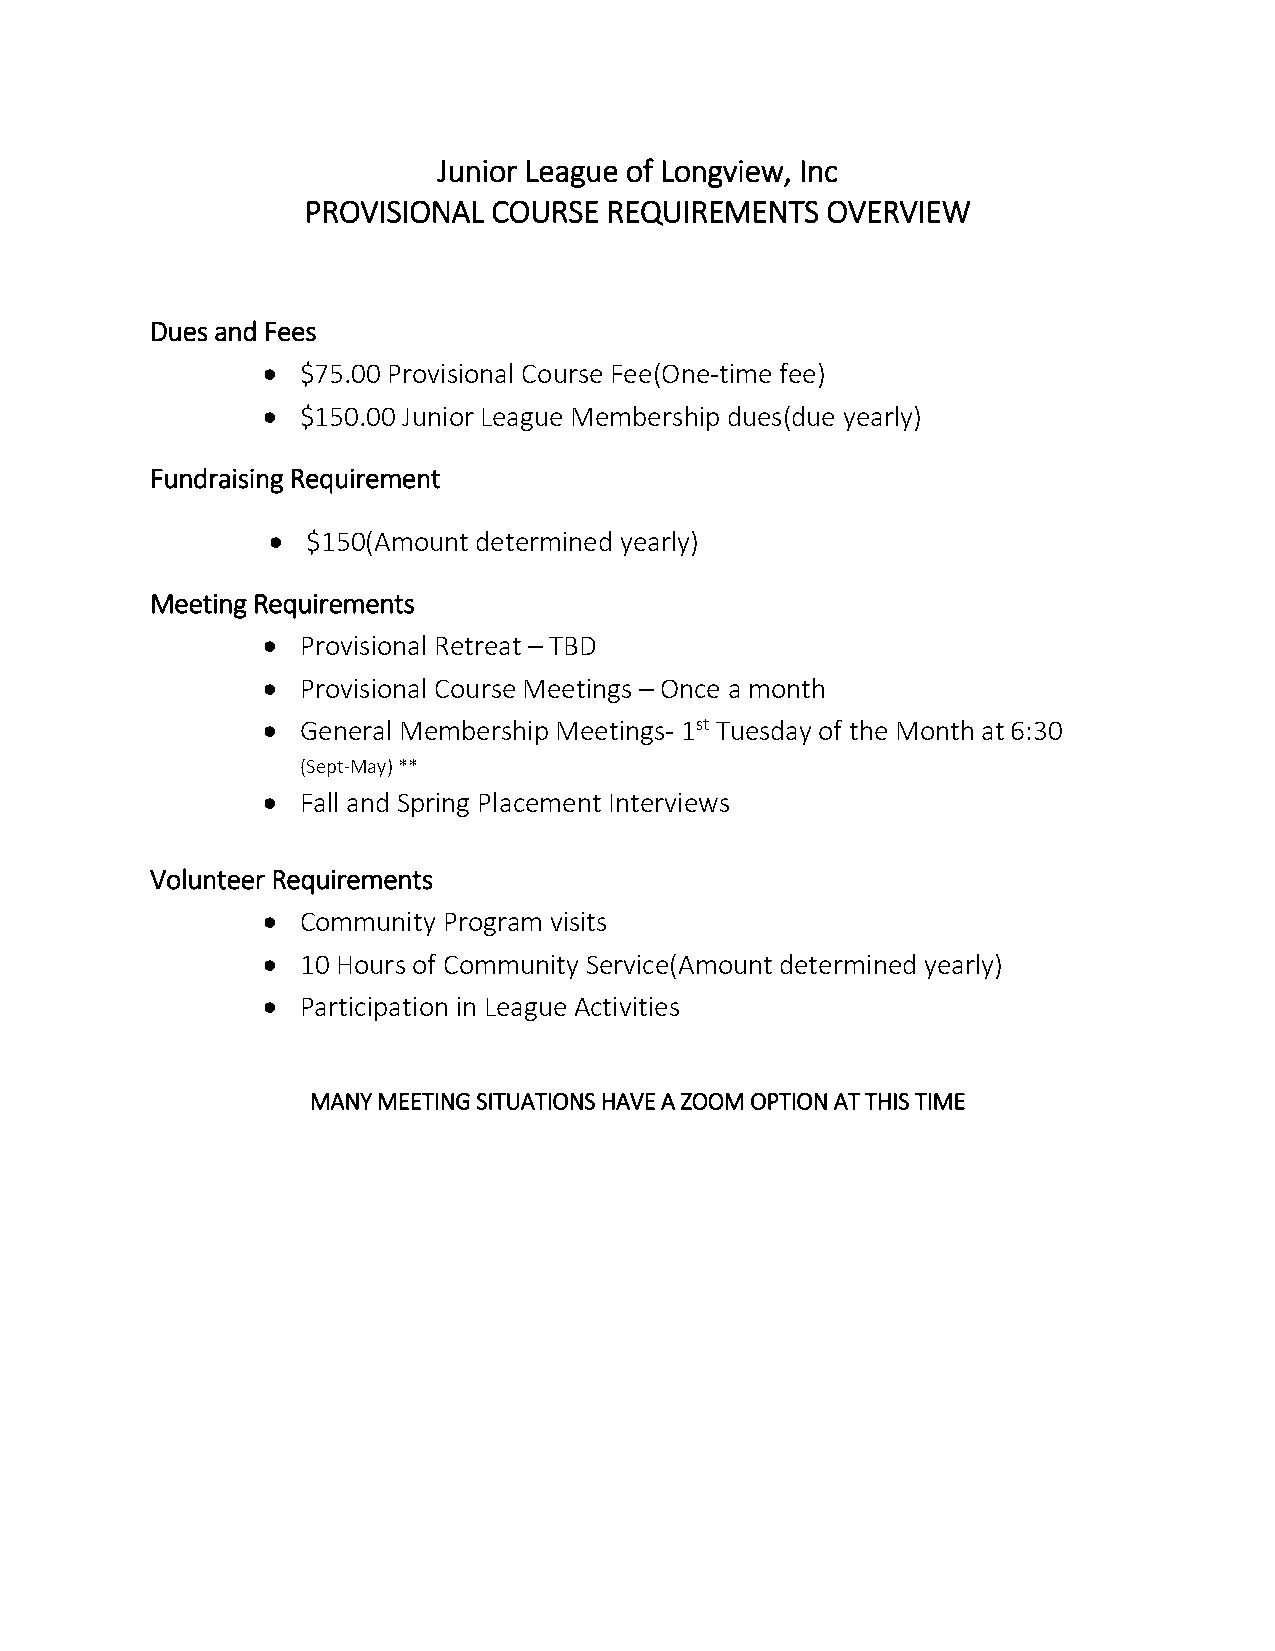
Junior League of Longview, Inc
 PROVISIONAL  COURSE REQUIREMENTS   OVERVIEW
 Dues and Fees
   $75.00 Provisional Course Fee(One-time fee)
   $150.00 Junior League Membership dues(due yearly)
 Fundraising Requirement
  $150(Amount determined yearly)
 Meeting Requirements
   Provisional Retreat – TBD
   Provisional Course Meetings – Once a month
   General Membership Meetings- 1st Tuesday of the Month at 6:30
 (Sept-May) **
   Fall and Spring Placement Interviews
 Volunteer Requirements
   Community Program visits
   10 Hours of Community Service(Amount determined yearly)
   Participation in League Activities
 MANY MEETING SITUATIONS HAVE A ZOOM OPTION AT THIS TIME